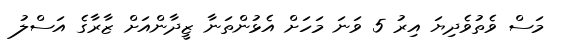
މަސް ވެތުވެދިޔަ އިރު 5 ވަނަ މަހަށް އެޅުންތަނާ ޒީދާންއަށް ޒާރާގެ އަސްލު